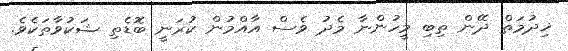
ޚިދުމަތް ދޭން ތިބި މީހުންނާ މެދު ވެސް އާއްމުން ކުރަނީ ބޮޑެތި ޝަކުވާތަކެވެ.